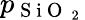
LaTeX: p_{\mathrm{~S~i~O~}_{\mathrm{~2~}}}